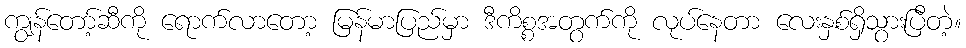
ကျွန်တော့်ဆီကို ရောက်လာတော့ မြန်မာပြည်မှာ ဒီကိစ္စအတွက်ကို လုပ်နေတာ လေးနှစ်ရှိသွားပြီတဲ့။